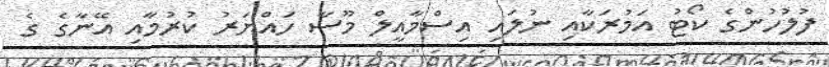
ފުލުހުންގެ ކޯޓު އަމުރަކާއި ނުލައި އިސްމާއީލް މޫސާ ހައްޔަރު ކުރުމާއި އޭނާގެ ގެ